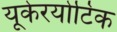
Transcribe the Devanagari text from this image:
यूकेरयोटिक